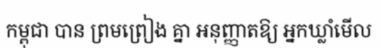
កម្ពុជា បាន ព្រមព្រៀង គ្នា អនុញ្ញាតឱ្យ អ្នកឃ្លាំមើល